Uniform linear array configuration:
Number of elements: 64
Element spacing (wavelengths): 0.5
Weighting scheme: cosine
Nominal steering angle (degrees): -45
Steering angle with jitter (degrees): -43.18
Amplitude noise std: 0.05
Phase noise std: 0.05

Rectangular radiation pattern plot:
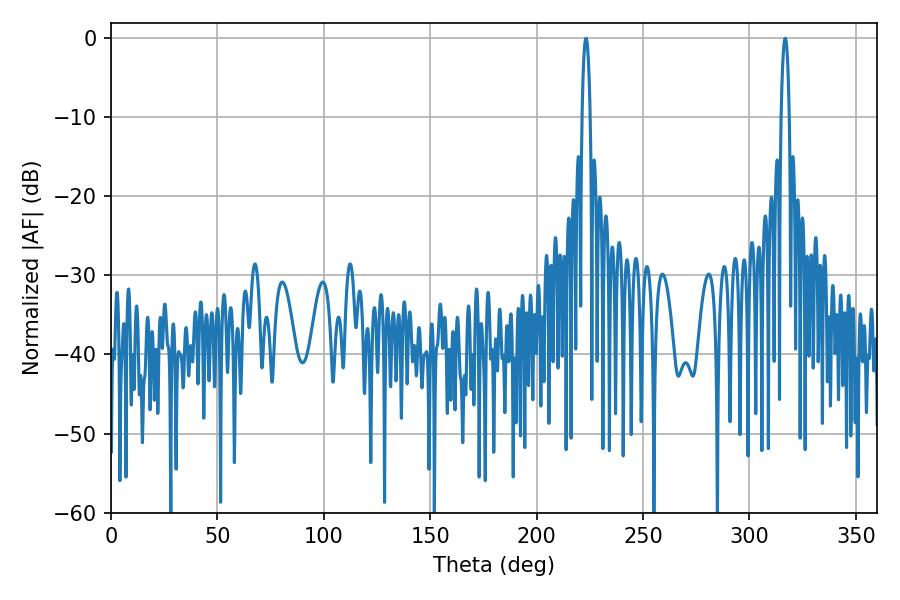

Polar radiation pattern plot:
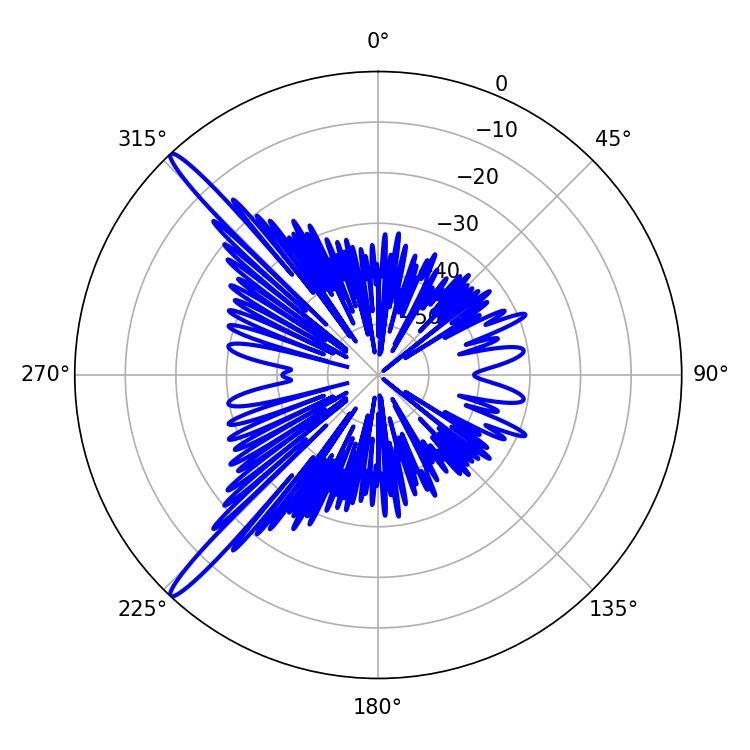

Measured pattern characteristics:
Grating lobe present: FALSE
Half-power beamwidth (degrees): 2.16
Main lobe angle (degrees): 223.2